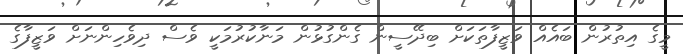
މީގެ އިތުރުން ބައެއް ވަޒީފާތަކަށް ބިދޭސީން ގެންގުޅުން މަނާކުރުމަކީ ވެސް ދިވެހިންނަށް ވަޒީފާގެ